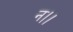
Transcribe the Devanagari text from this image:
न।।